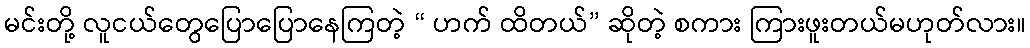
မင်းတို့ လူငယ်တွေပြောပြောနေကြတဲ့ “ ဟက် ထိတယ်” ဆိုတဲ့ စကား ကြားဖူးတယ်မဟုတ်လား။